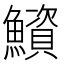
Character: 𫚁